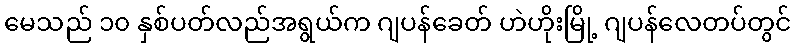
မေသည် ၁၀ နှစ်ပတ်လည်အရွယ်က ဂျပန်ခေတ် ဟဲဟိုးမြို့ ဂျပန်လေတပ်တွင်